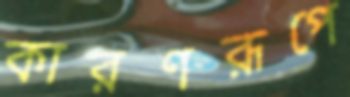
কারণরূপে